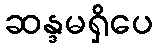
ဆန္ဒမရှိပေ